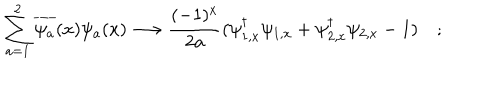
LaTeX: \sum _ { a = 1 } ^ { 2 } \overline { { { \psi _ { a } } } } ( x ) \psi _ { a } ( x ) \longrightarrow \frac { ( - 1 ) ^ { x } } { 2 a } ( \psi _ { 1 , x } ^ { \dagger } \psi _ { 1 , x } + \psi _ { 2 , x } ^ { \dagger } \psi _ { 2 , x } - 1 ) \quad ;